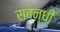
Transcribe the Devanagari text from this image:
सबन्धी